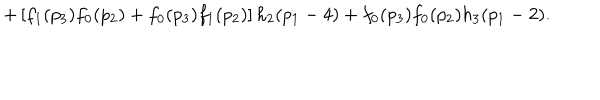
+ \left[ f _ { 1 } ( p _ { 3 } ) f _ { 0 } ( p _ { 2 } ) + f _ { 0 } ( p _ { 3 } ) f _ { 1 } ( p _ { 2 } ) \right] h _ { 2 } ( p _ { 1 } - 4 ) + f _ { 0 } ( p _ { 3 } ) f _ { 0 } ( p _ { 2 } ) h _ { 3 } ( p _ { 1 } - 2 ) .